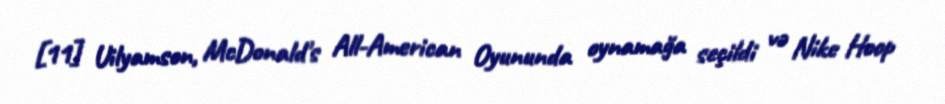
[11] Uilyamson, McDonald's All-American Oyununda oynamağa seçildi və Nike Hoop